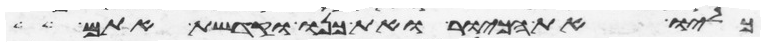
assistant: כליו את הכיור ואת כנו וקדשת אתם